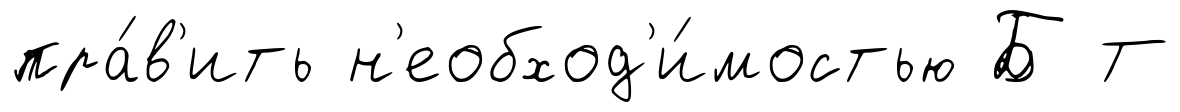
пра́в'ить н'еобход'и́мостью Б Т